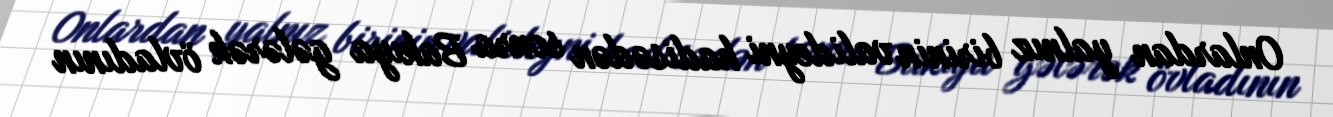
Onlardan yalnız birinin valideyni hadisədən sonra Bakıya gələrək övladının